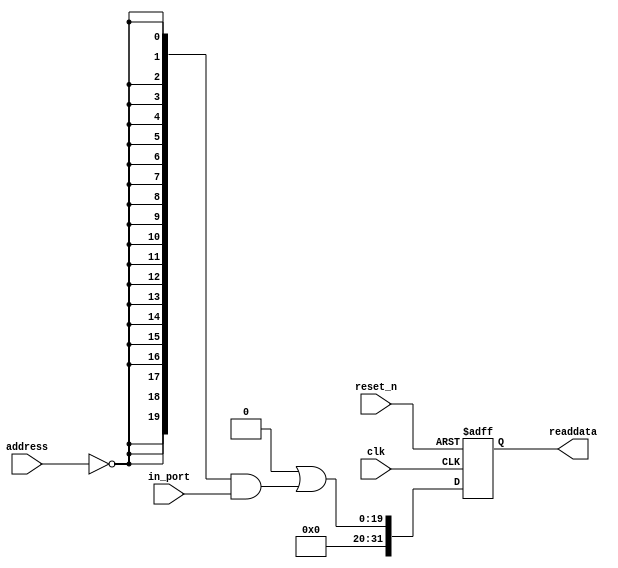
module nios_dut_pio_2 (
                         address,
                         clk,
                         in_port,
                         reset_n,
                         readdata
                      )
;
  output  [ 31: 0] readdata;
  input   [  1: 0] address;
  input            clk;
  input   [ 19: 0] in_port;
  input            reset_n;
  wire             clk_en;
  wire    [ 19: 0] data_in;
  wire    [ 19: 0] read_mux_out;
  reg     [ 31: 0] readdata;
  assign clk_en = 1;
  assign read_mux_out = {20 {(address == 0)}} & data_in;
  always @(posedge clk or negedge reset_n)
    begin
      if (reset_n == 0)
          readdata <= 0;
      else if (clk_en)
          readdata <= {32'b0 | read_mux_out};
    end
  assign data_in = in_port;
endmodule